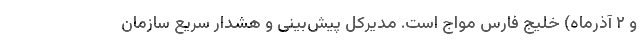
و ۲ آذرماه) خلیج فارس مواج است. مدیرکل پیش‌بینی و هشدار سریع سازمان